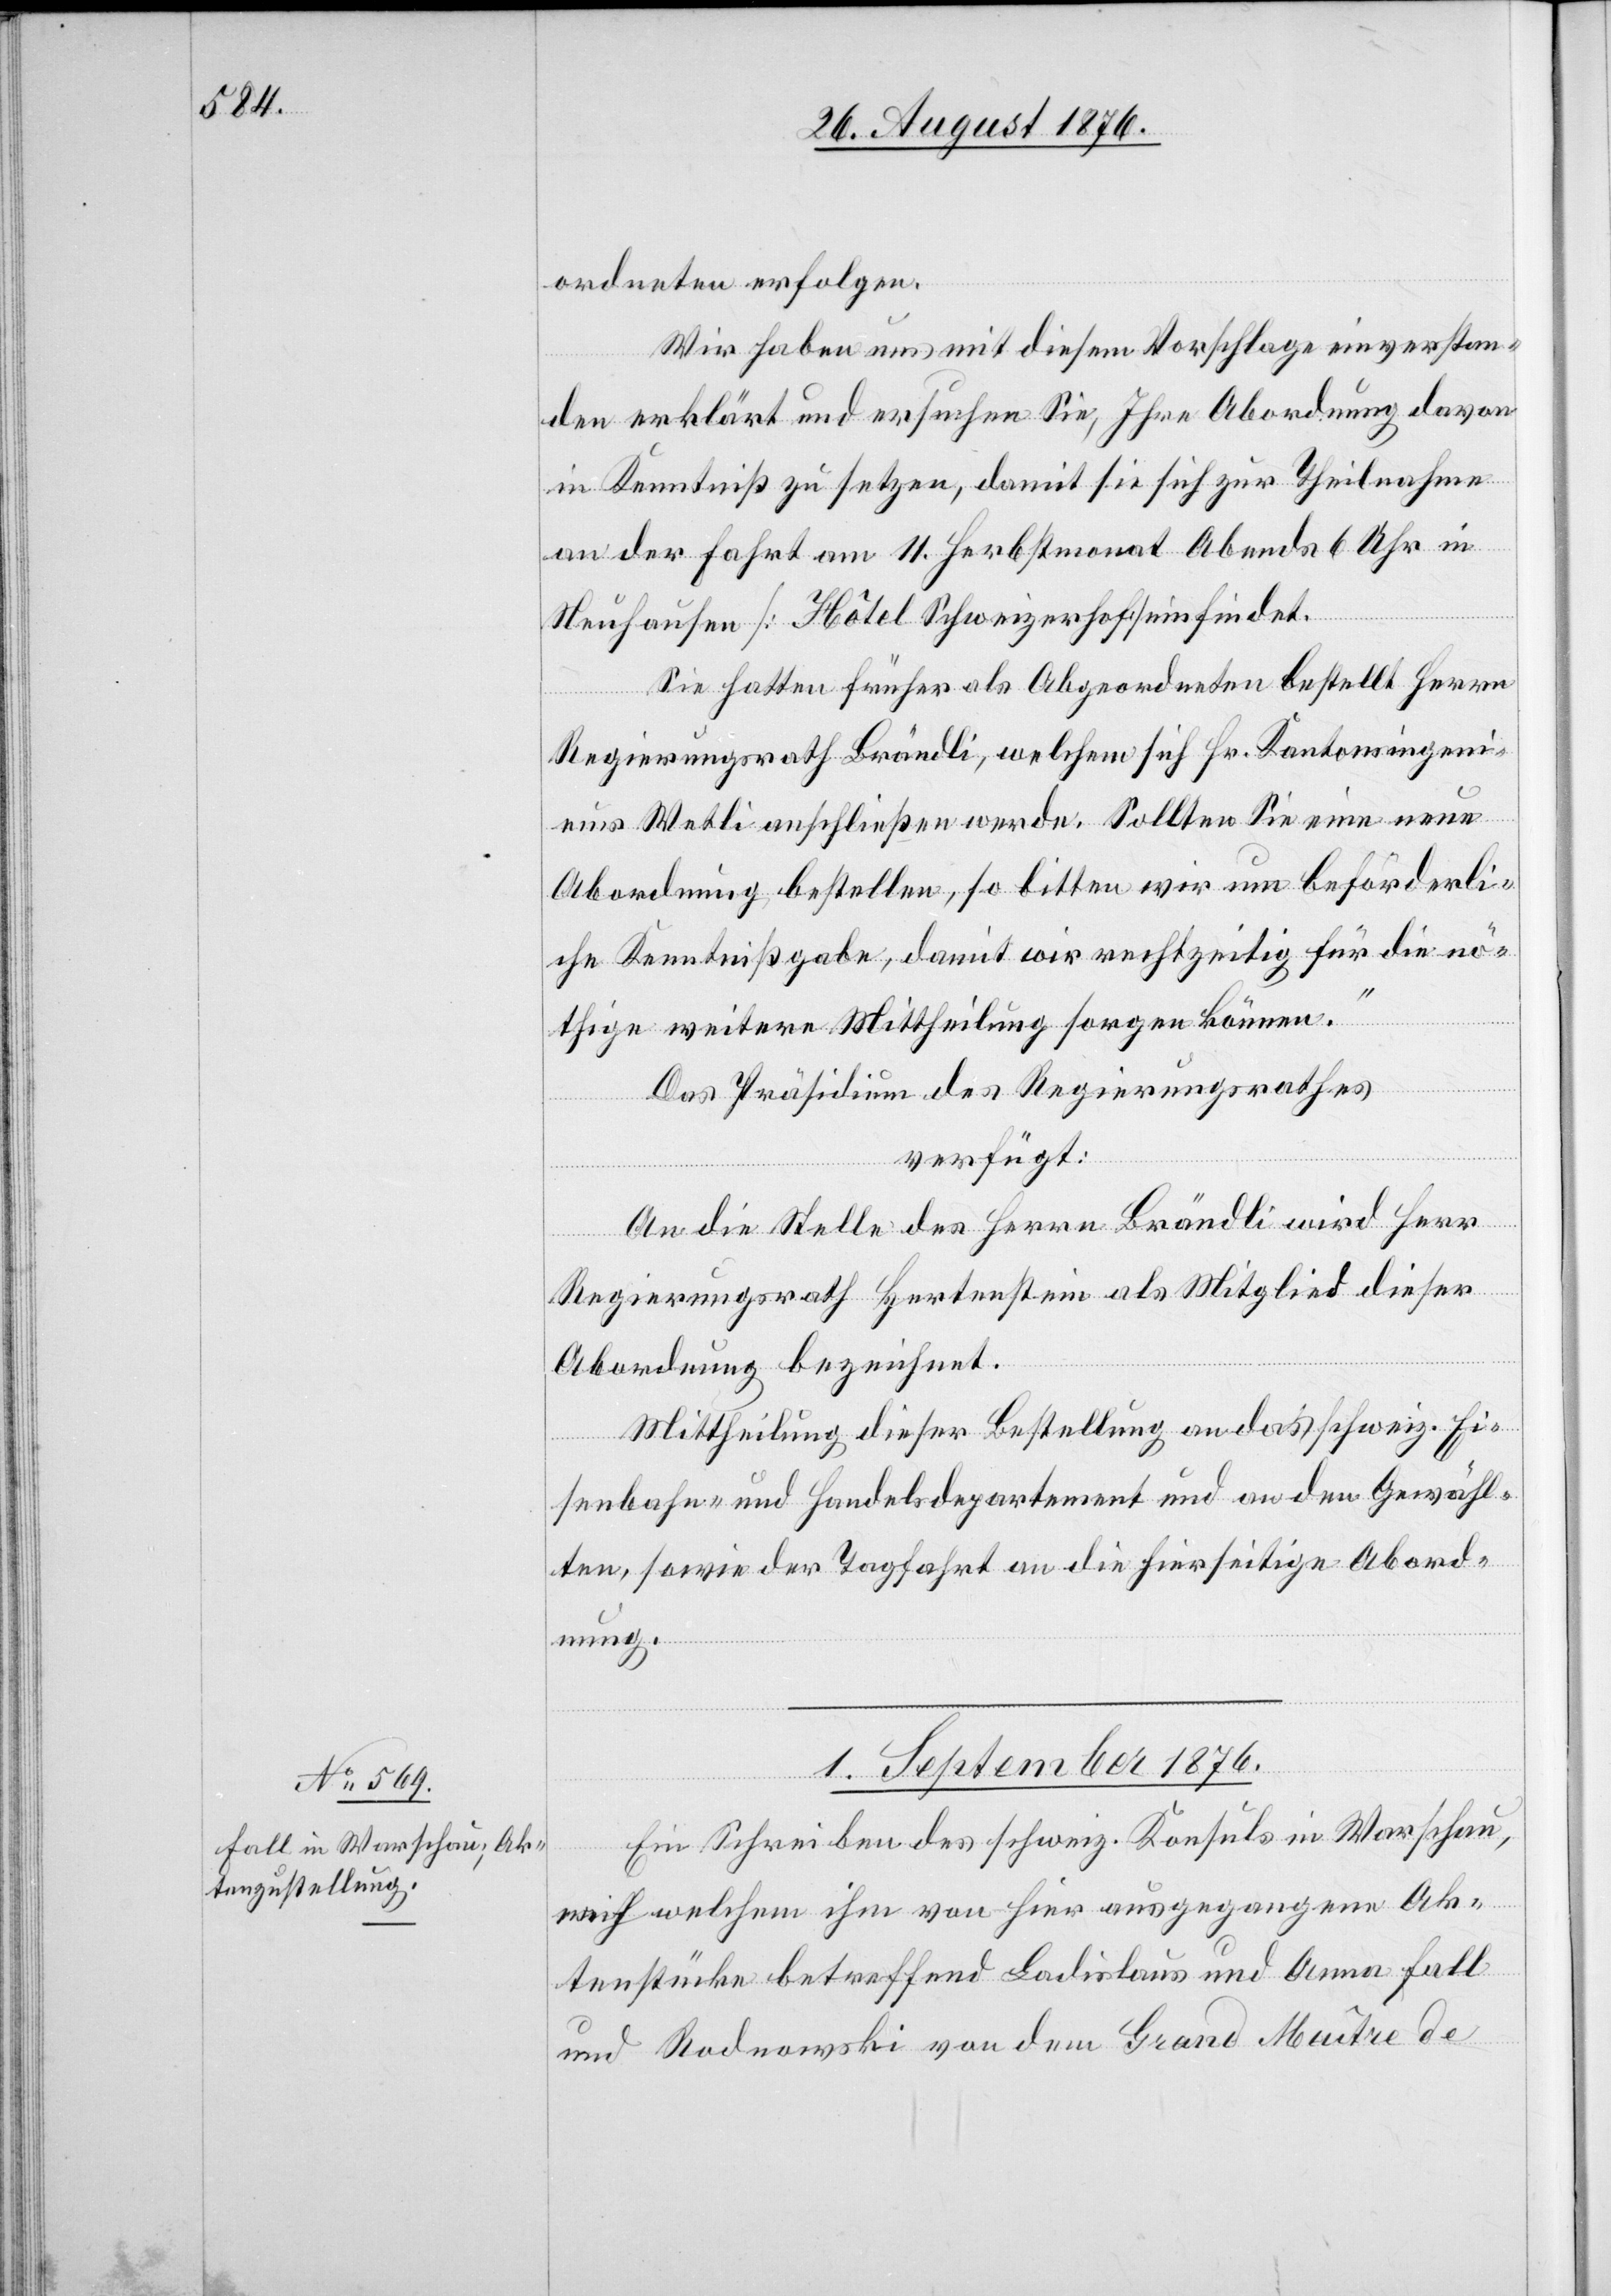
ordneten erfolgen.
Wir haben uns mit diesem Vorschlage einverstan¬
den erklärt und ersuchen Sie, Ihre Abordnung davon
in Kenntniß zu setzen, damit sie sich zur Theilnahme
an der Fahrt am 11. Herbstmonat Abends 6 Uhr in
Neuhausen [Hôtel Schweizerhof] einfindet.
Sie hatten früher als Abgeordneten bestellt Herrn
Regierungsrath Brändli, welchem sich Hr. Kantonsingeni¬
eur Wetli anschließen werde. Sollten Sie eine neue
Abordnung bestellen, so bitten wir um beförderli¬
che Kenntnißgabe, damit wir rechtzeitig für die nö¬
thige weitere Mittheilung sorgen können.“
Das Präsidium des Regierungsrathes
verfügt:
An die Stelle des Herrn Brändli wird Herr
Regierungsrath Hertenstein als Mitglied dieser
Abordnung bezeichnet.
Mittheilung dieser Bestellung an das schweiz. Ei¬
senbahn- und Handelsdepartement und an den Gewähl¬
ten, sowie der Tagfahrt an die hierseitige Abord¬
nung.
1. September 1876.
Ein Schreiben des schweiz. Konsuls in Warschau,
nach welchem ihm von hier ausgegangene Ak¬
tenstücke betreffend Ladislaus und Anna Fall
und Rodnowski von dem Grand Maître de